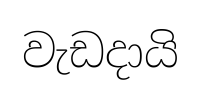
වැඩදායි